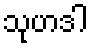
သုဟဒါ